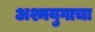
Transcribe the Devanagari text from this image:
अश्मयुगाचा